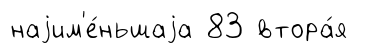
наjим'е́ньшаjа 83 втора́я